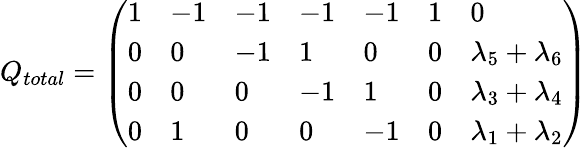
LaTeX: Q_{total}=\left(\begin{array}{lllllll}{{1}}&{{-1}}&{{-1}}&{{-1}}&{{-1}}&{{1}}&{{0}}\\ {{0}}&{{0}}&{{-1}}&{{1}}&{{0}}&{{0}}&{{\lambda_{5}+\lambda_{6}}}\\ {{0}}&{{0}}&{{0}}&{{-1}}&{{1}}&{{0}}&{{\lambda_{3}+\lambda_{4}}}\\ {{0}}&{{1}}&{{0}}&{{0}}&{{-1}}&{{0}}&{{\lambda_{1}+\lambda_{2}}}\end{array}\right)